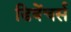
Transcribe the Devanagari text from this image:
डिबेंचर्स